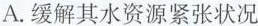
A.缓解其水资源紧张状况